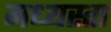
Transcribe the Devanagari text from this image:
मध्‍यस्ता